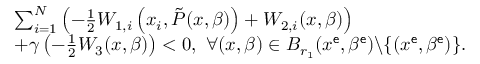
\begin{array} { r l } & { \sum _ { i = 1 } ^ { N } \left( - \frac { 1 } { 2 } W _ { 1 , i } \left( x _ { i } , \tilde { P } ( x , \beta ) \right) + W _ { 2 , i } ( x , \beta ) \right) } \\ & { + \gamma \left( - \frac { 1 } { 2 } W _ { 3 } ( x , \beta ) \right) < 0 , \ \forall ( x , \beta ) \in B _ { r _ { 1 } } ( x ^ { \sf e } , \beta ^ { \sf e } ) \backslash \{ ( x ^ { \sf e } , \beta ^ { \sf e } ) \} . } \end{array}